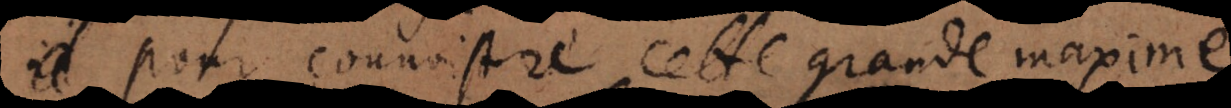
r connoistre cette grande maxime,